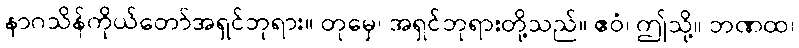
နာဂသိန်ကိုယ်တော်အရှင်ဘုရား။ တုမှေ၊ အရှင်ဘုရားတို့သည်။ ဧဝံ၊ ဤသို့။ ဘဏထ၊